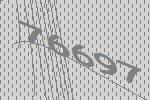
76697